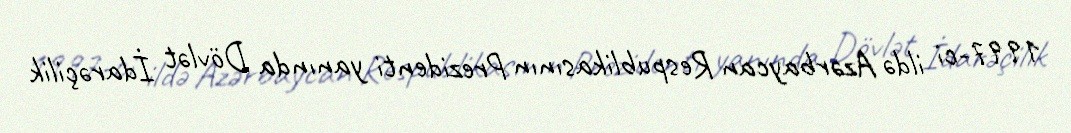
1997-ci ildə Azərbaycan Respublikasının Prezidenti yanında Dövlət İdarəçilik